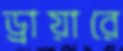
ড্রায়ারে